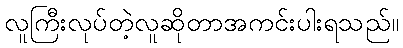
လူကြီးလုပ်တဲ့လူဆိုတာအကင်းပါးရသည်။